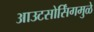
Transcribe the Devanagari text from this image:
आउटसोर्सिंगमुळे